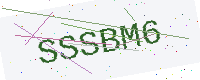
Text: SSSBM6